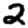
Digit: 2